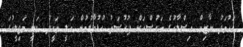
އަހުމަދު ނާޒިމް އިސްލާހުގެ ބަހުސްއަށް ފުރުސަތު ހުޅުވާލުމުން އަލީ ވަހީދު ވަނީ މަޖިލީހުގަ